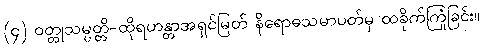
(၄) ဝတ္ထုသမ္ပတ္တိ-ထိုရဟန္တာအရှင်မြတ် နိရောဓသမာပတ်မှ ထခိုက်ကြုံခြင်း။